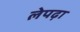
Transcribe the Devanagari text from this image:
लेपढ़ा